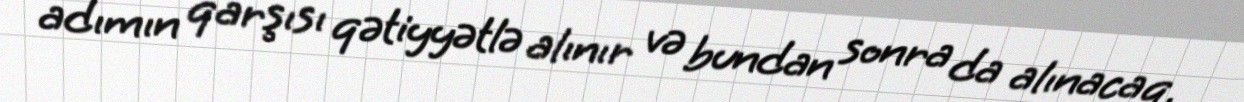
adımın qarşısı qətiyyətlə alınır və bundan sonra da alınacaq.